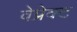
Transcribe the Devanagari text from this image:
वेप्रेक्ट